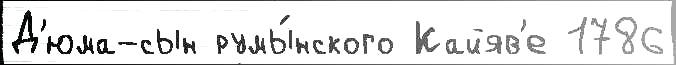
Д'юма-сын румы́нского Кайяв'е 1786